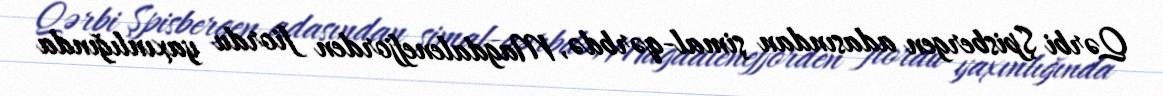
Qərbi Şpisbergen adasından şimal-qərbdə, Magdalenefjorden fiordu yaxınlığında